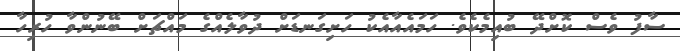
ސާފު ވެސް ކޮށްދޭ ބުއިމެކެވެ. ހަމައެއާއެކު ހަށިގަނޑަށް ދުވާލެއްގެ މައްޗަށް ބޭނުންވާ ހުރިހާ